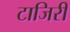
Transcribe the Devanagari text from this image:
टाजिरी